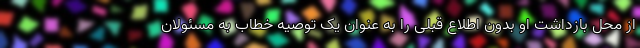
از محل بازداشت او بدون اطلاع قبلی را به عنوان یک توصیه خطاب به مسئولان